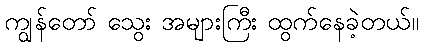
ကျွန်တော် သွေး အများကြီး ထွက်နေခဲ့တယ်။